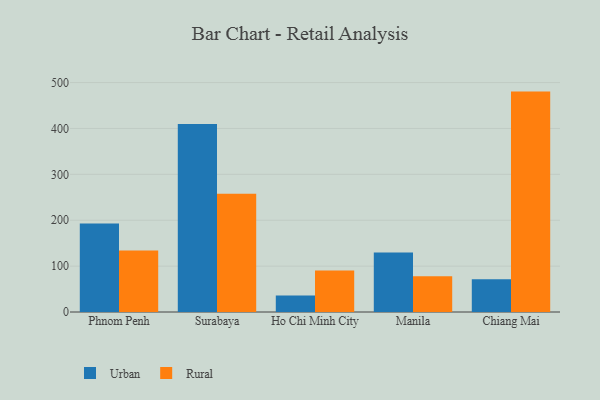
{"axis": {"x": "City", "y": "Humidity (%)"}, "legend": ["Rural", "Urban"], "data": [{"x": "Phnom Penh", "y": 193.1, "type": "Urban"}, {"x": "Phnom Penh", "y": 133.8, "type": "Rural"}, {"x": "Surabaya", "y": 409.6, "type": "Urban"}, {"x": "Surabaya", "y": 257.6, "type": "Rural"}, {"x": "Ho Chi Minh City", "y": 36.2, "type": "Urban"}, {"x": "Ho Chi Minh City", "y": 90.3, "type": "Rural"}, {"x": "Manila", "y": 129.4, "type": "Urban"}, {"x": "Manila", "y": 78.0, "type": "Rural"}, {"x": "Chiang Mai", "y": 71.4, "type": "Urban"}, {"x": "Chiang Mai", "y": 480.3, "type": "Rural"}]}